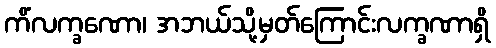
ကိံလက္ခဏော၊ အဘယ်သို့မှတ်ကြောင်းလက္ခဏာရှိ